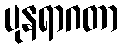
ပုနရာဂတာ